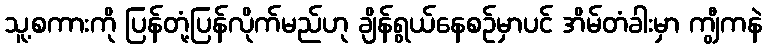
သူ့စကားကို ပြန်တုံ့ပြန်လိုက်မည်ဟု ချိန်ရွယ်နေစဉ်မှာပင် အိမ်တံခါးမှာ ကျွီကနဲ